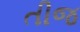
તીજ